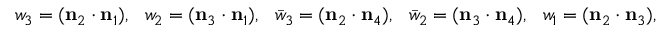
w _ { 3 } = ( { \bf n } _ { 2 } \cdot { \bf n } _ { 1 } ) , ~ ~ w _ { 2 } = ( { \bf n } _ { 3 } \cdot { \bf n } _ { 1 } ) , ~ ~ \bar { w } _ { 3 } = ( { \bf n } _ { 2 } \cdot { \bf n } _ { 4 } ) , ~ ~ \bar { w } _ { 2 } = ( { \bf n } _ { 3 } \cdot { \bf n } _ { 4 } ) , ~ ~ w _ { 1 } = ( { \bf n } _ { 2 } \cdot { \bf n } _ { 3 } ) ,